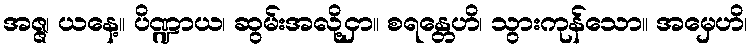
အဇ္ဇ၊ ယနေ့။ ပိဏ္ဍာယ၊ ဆွမ်းအလို့ငှာ။ စရန္တေဟိ၊ သွားကုန်သော။ အမှေဟိ၊